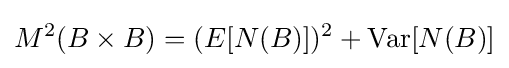
M^{2}(B\times B)=(E[{N}(B)])^{2}+{\text{Var}}[{N}(B)]